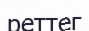
реттег